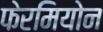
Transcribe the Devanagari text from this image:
फेरमियोन